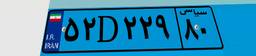
۴۱D۹۴۹۴۶